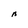
Character: n